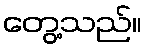
တွေ့သည်။